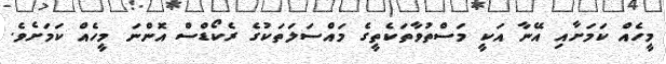
މީހެއް ކަމަށާއި އޭނާ އަކީ މަސްތުވާތަކެތީގެ މައްސަލަތަކުގެ ރެކޯޑްސް އޮންނަ މީހެއް ކަމަށެވެ.